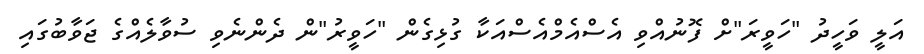
އަލީ ވަހީދު "ހަވީރަ"ށް ފޮނުއްވި އެސްއެމްއެސްއަކާ ގުޅިގެން "ހަވީރު"ން ދެންނެވި ސުވާލެއްގެ ޖަވާބުގައި